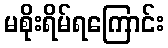
မစိုးရိမ်ရကြောင်း